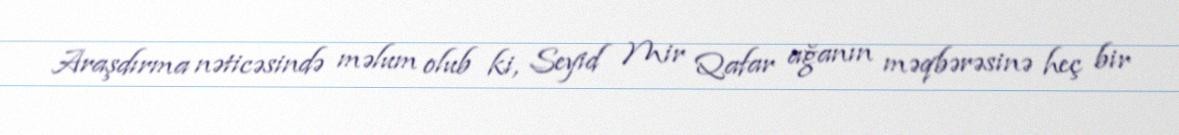
Araşdırma nəticəsində məlum olub ki, Seyid Mir Qafar ağanın məqbərəsinə heç bir